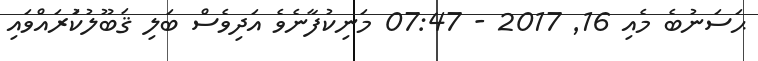
ޙަސަނުބެ މެއި 16